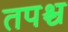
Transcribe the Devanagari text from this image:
तपश्च